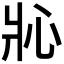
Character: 𱭎